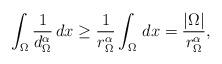
LaTeX: \begin{align*}\int_\Omega\frac{1}{d_\Omega^\alpha}\,dx\ge \frac{1}{r_\Omega^\alpha} \int_{\Omega}\,dx =\frac{|\Omega|}{r_\Omega^\alpha},\end{align*}